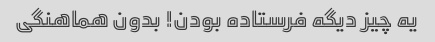
یه چیز دیگه فرستاده بودن! بدون هماهنگی